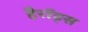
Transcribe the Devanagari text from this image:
हैरॉड्स